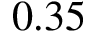
0 . 3 5